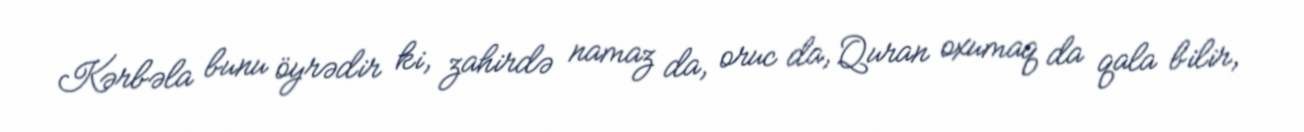
Kərbəla bunu öyrədir ki, zahirdə namaz da, oruc da, Quran oxumaq da qala bilir,